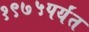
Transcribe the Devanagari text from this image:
१९७५पर्यंत